Indian Civil Veterinary Department memoirs
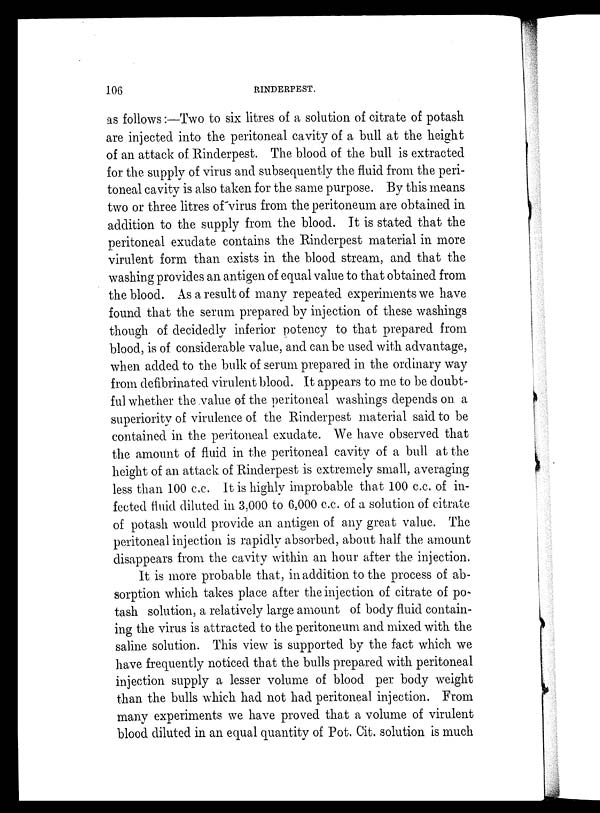
106
RINDERPEST.
as follows:—Two to six litres of a solution of citrate of potash
are injected into the peritoneal cavity of a bull at the height
of an attack of Rinderpest. The blood of the bull is extracted
for the supply of virus and subsequently the fluid from the peri-
toneal cavity is also taken for the same purpose. By this means
two or three litres of virus from the peritoneum are obtained in
addition to the supply from the blood. It is stated that the
peritoneal exudate contains the Rinderpest material in more
virulent form than exists in the blood stream, and that the
washing provides an antigen of equal value to that obtained from
the blood. As a result of many repeated experiments we have
found that the serum prepared by injection of these washings
though of decidedly inferior potency to that prepared from
blood, is of considerable value, and can be used with advantage,
when added to the bulk of serum prepared in the ordinary way
from defibrinated virulent blood. It appears to me to be doubt-
ful whether the value of the peritoneal washings depends on a
superiority of virulence of the Rinderpest material said to be
contained in the peritoneal exudate. We have observed that
the amount of fluid in the peritoneal cavity of a bull at the
height of an attack of Rinderpest is extremely small, averaging
less than 100 c.c. It is highly improbable that 100 c.c. of in-
fected fluid diluted in 3,000 to 6,000 c.c. of a solution of citrate
of potash would provide an antigen of any great value. The
peritoneal injection is rapidly absorbed, about half the amount
disappears from the cavity within an hour after the injection.
It is more probable that, in addition to the process of ab-
sorption which takes place after the injection of citrate of po-
tash solution, a relatively large amount of body fluid contain-
ing the virus is attracted to the peritoneum and mixed with the
saline solution. This view is supported by the fact which we
have frequently noticed that the bulls prepared with peritoneal
injection supply a lesser volume of blood per body weight
than the bulls which had not had peritoneal injection. From
many experiments we have proved that a volume of virulent
blood diluted in an equal quantity of Pot. Cit. solution is much